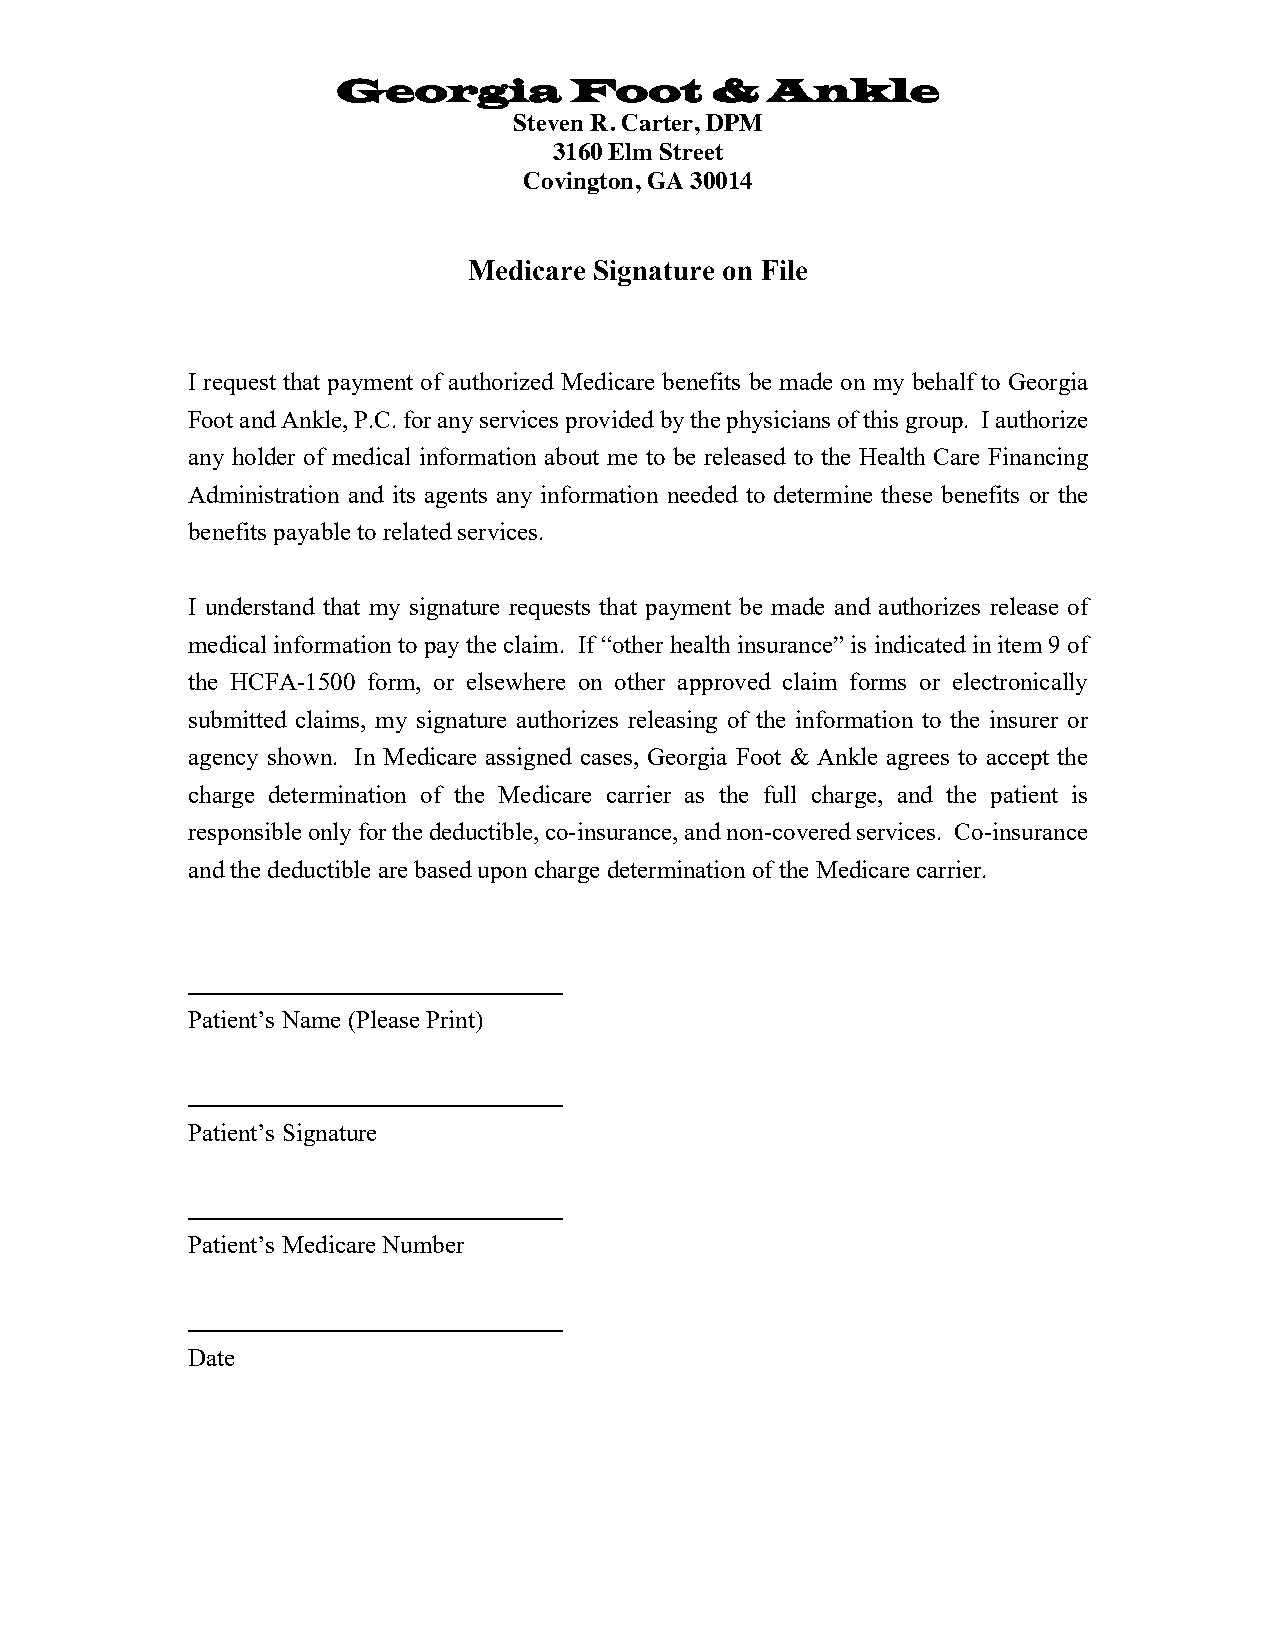
Georgia         Foot     &   Ankle
 Steven R. Carter, DPM
 3160 Elm Street
 Covington, GA 30014
 Medicare Signature on File
 I request that payment of authorized Medicare benefits be made on my behalf to Georgia
 Foot and Ankle, P.C. for any services provided by the physicians of this group. I authorize
 any holder of medical information about me to be released to the Health Care Financing
 Administration and its agents any information needed to determine these benefits or the
 benefits payable to related services.
 I understand that my signature requests that payment be made and authorizes release of
 medical information to pay the claim. If “other health insurance” is indicated in item 9 of
 the HCFA-1500 form, or elsewhere on other approved claim forms or electronically
 submitted claims, my signature authorizes releasing of the information to the insurer or
 agency shown. In Medicare assigned cases, Georgia Foot & Ankle agrees to accept the
 charge determination of the Medicare carrier as the full charge, and the patient is
 responsible only for the deductible, co-insurance, and non-covered services. Co-insurance
 and the deductible are based upon charge determination of the Medicare carrier.
 Patient’s Name (Please Print)
 Patient’s Signature
 Patient’s Medicare Number
 Date